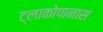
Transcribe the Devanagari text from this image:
ट्लाकोपानास